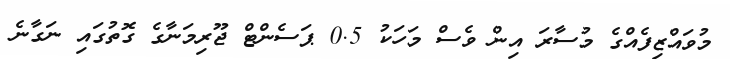
މުވައްޒިފެއްގެ މުސާރަ އިން ވެސް މަހަކު 0.5 ޕަސެންޓް ޖޫރިމަނާގެ ގޮތުގައި ނަގާނެ